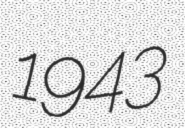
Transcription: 1943